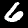
Digit: 6